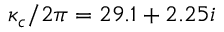
\kappa _ { c } / 2 \pi = 2 9 . 1 + 2 . 2 5 i